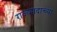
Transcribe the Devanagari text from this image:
राज्यपदाच्या